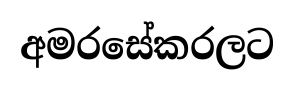
අමරසේකරලට